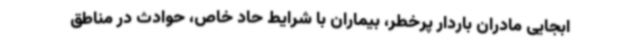
ابجایی مادران باردار پرخطر، بیماران با شرایط حاد خاص، حوادث در مناطق